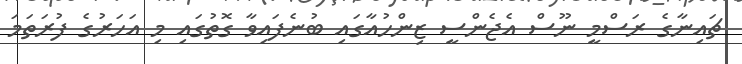
ޗައިނާގެ ރަސްމީ ނޫސް އެޖެންސީ ޒިންހުއާގައި ބުނެފައިވާ ގޮތުގައި މި އަހަރުގެ ފުރަތަމަ